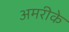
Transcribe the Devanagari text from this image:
अमरीके